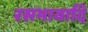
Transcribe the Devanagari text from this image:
रसभावादि